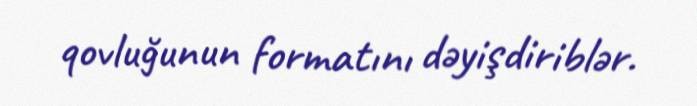
qovluğunun formatını dəyişdiriblər.